38_143685_box7_Incident_Summaries_1-100
Agency: Department of War
Page 52
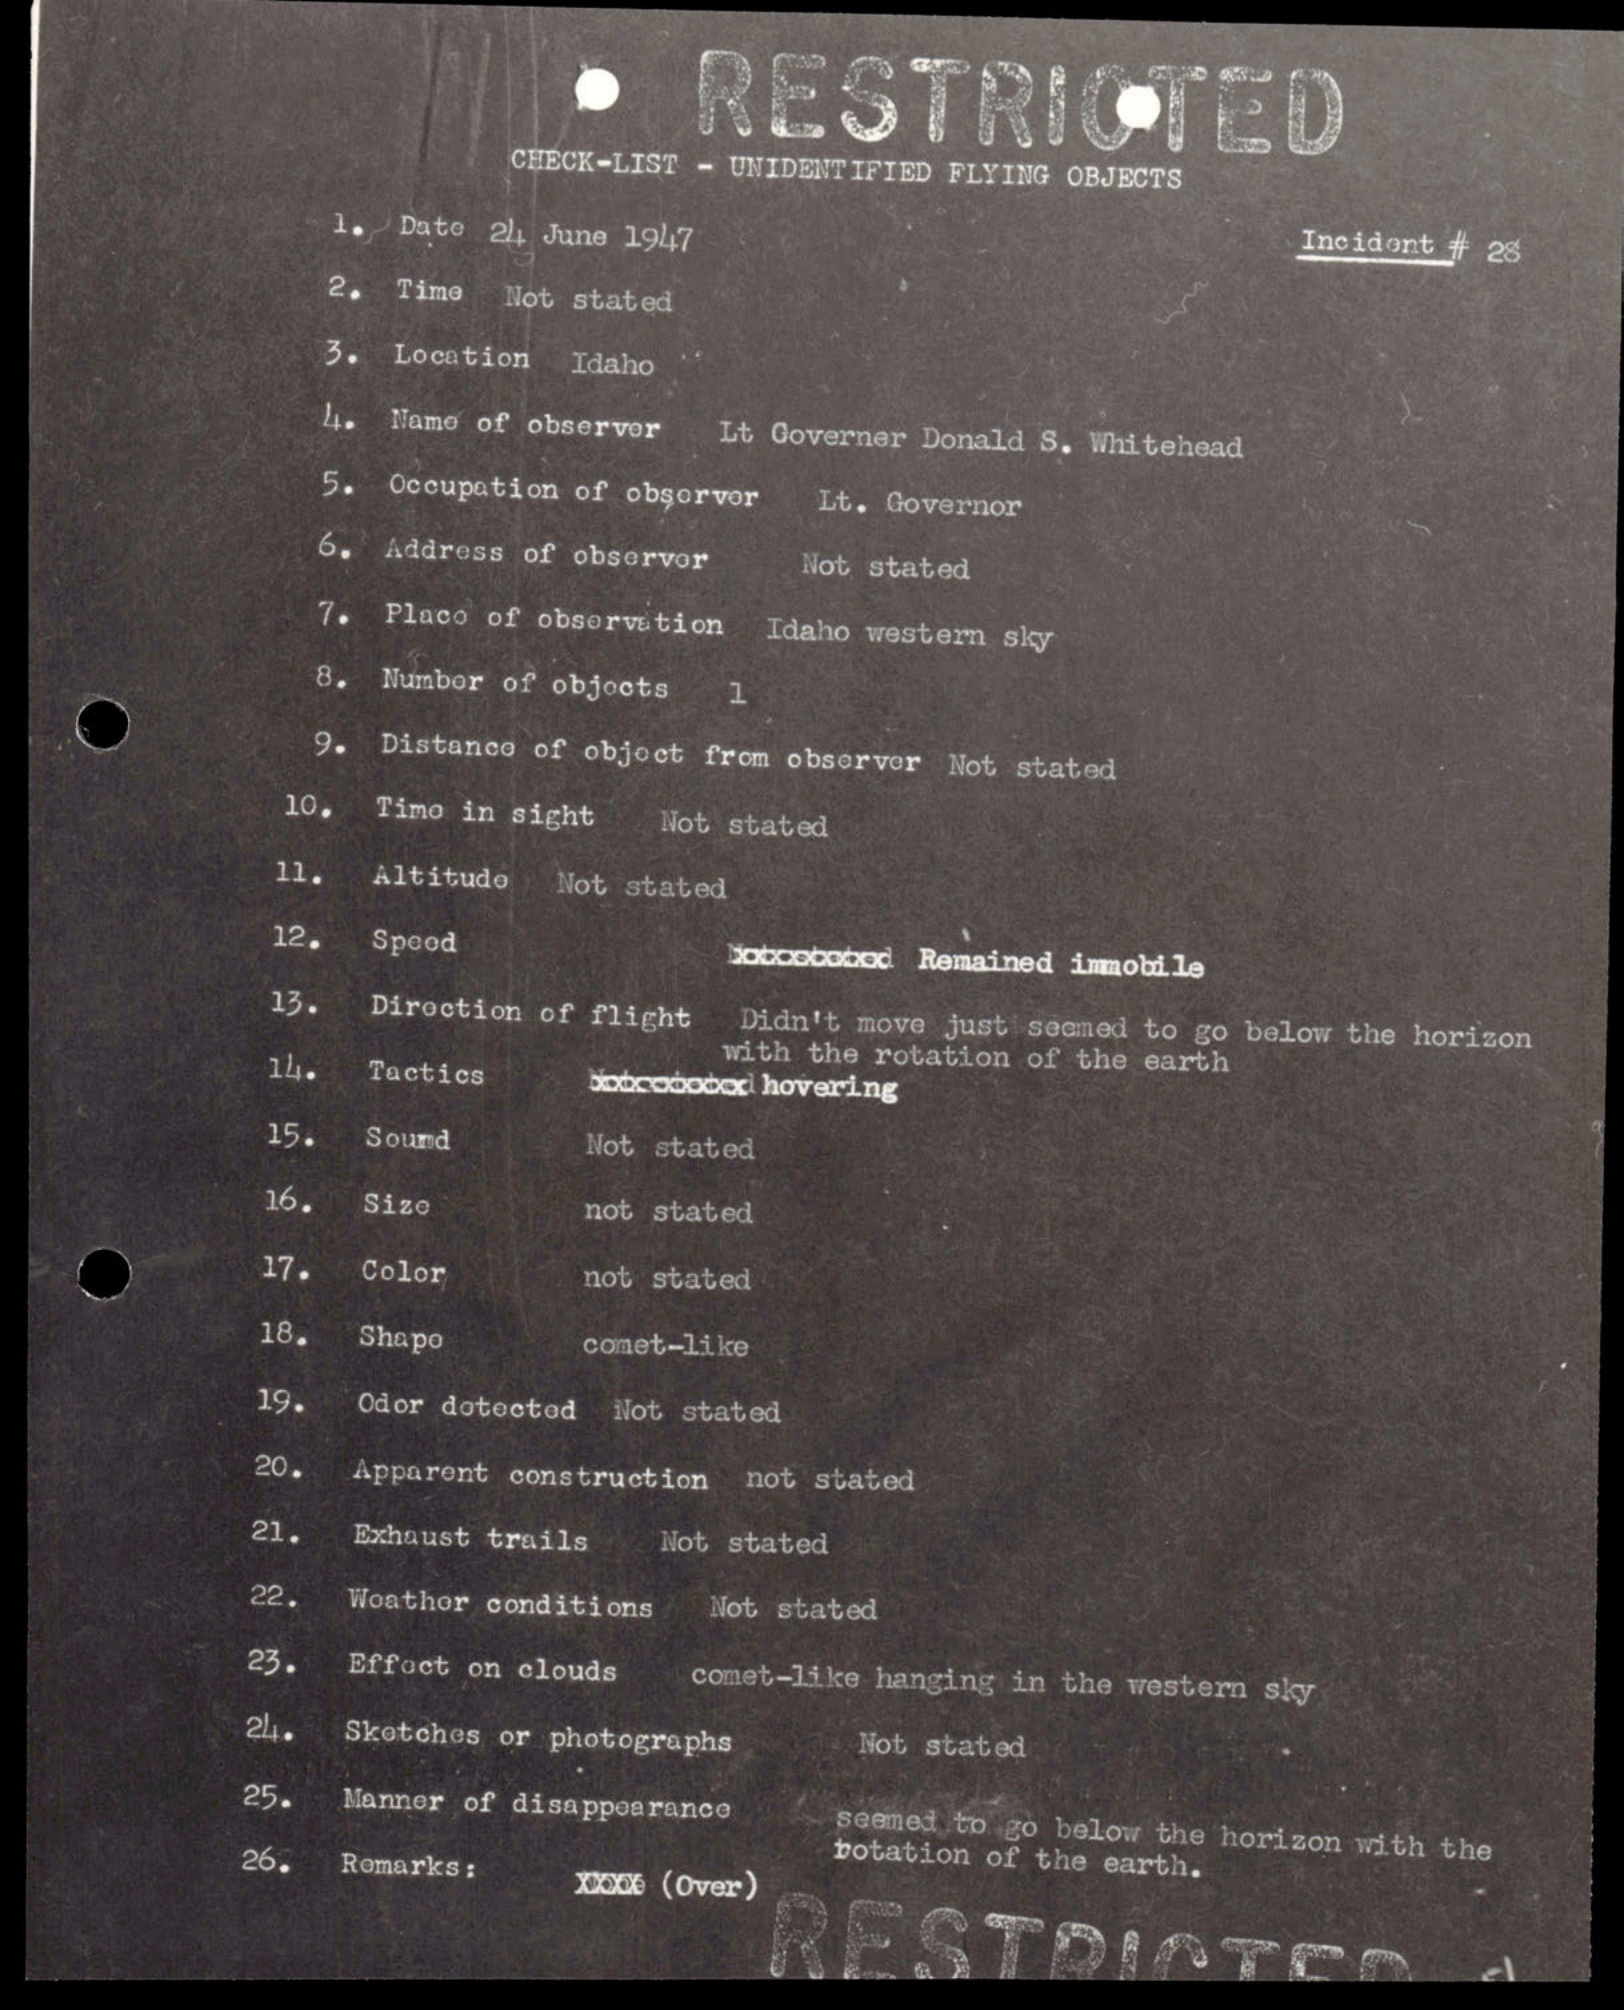